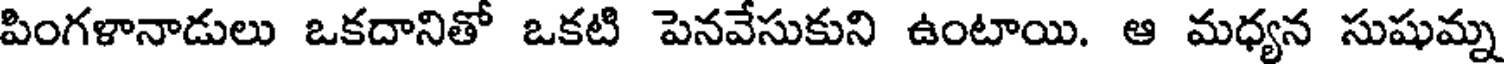
పింగళానాడులు ఒకదానితో ఒకటి పెనవేసుకుని ఉంటాయి. ఆ మధ్యన సుషుమ్న